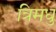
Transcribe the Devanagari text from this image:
त्रिमधु